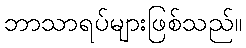
ဘာသာရပ်များဖြစ်သည်။